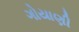
ગોયાણી